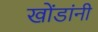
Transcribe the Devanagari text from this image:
खोंडांनी